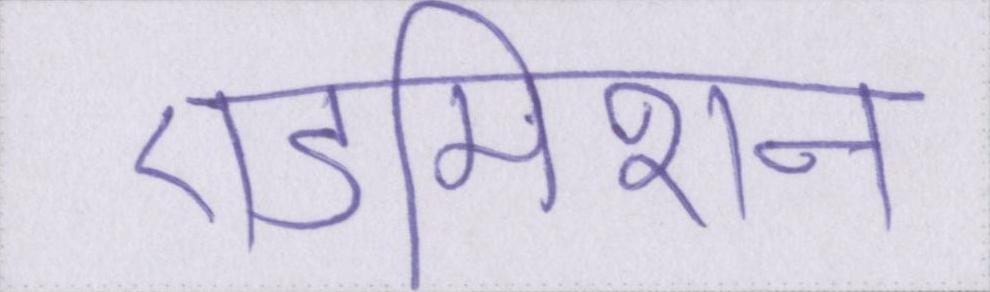
एडमिशन